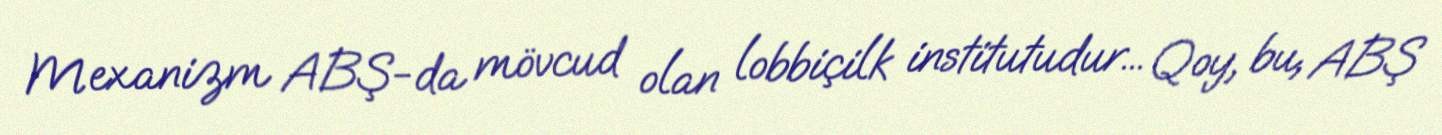
Mexanizm ABŞ-da mövcud olan lobbiçilk institutudur... Qoy, bu, ABŞ